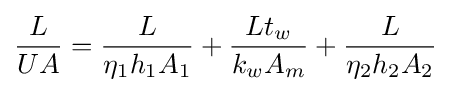
{L \over UA}={L \over \eta _{1}h_{1}A_{1}}+{Lt_{w} \over k_{w}A_{m}}+{L \over \eta _{2}h_{2}A_{2}}